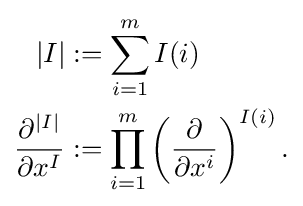
{\begin{aligned}|I|&:=\sum _{i=1}^{m}I(i)\\{\frac {\partial ^{|I|}}{\partial x^{I}}}&:=\prod _{i=1}^{m}\left({\frac {\partial }{\partial x^{i}}}\right)^{I(i)}.\end{aligned}}